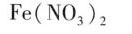
Fe(NO_{3})_{2}